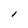
Character: l